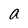
Character: a